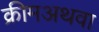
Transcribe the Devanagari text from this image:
क्रीमअथवा